Sketch of the medical history of the native army of Bombay, for the year
Year: 1872
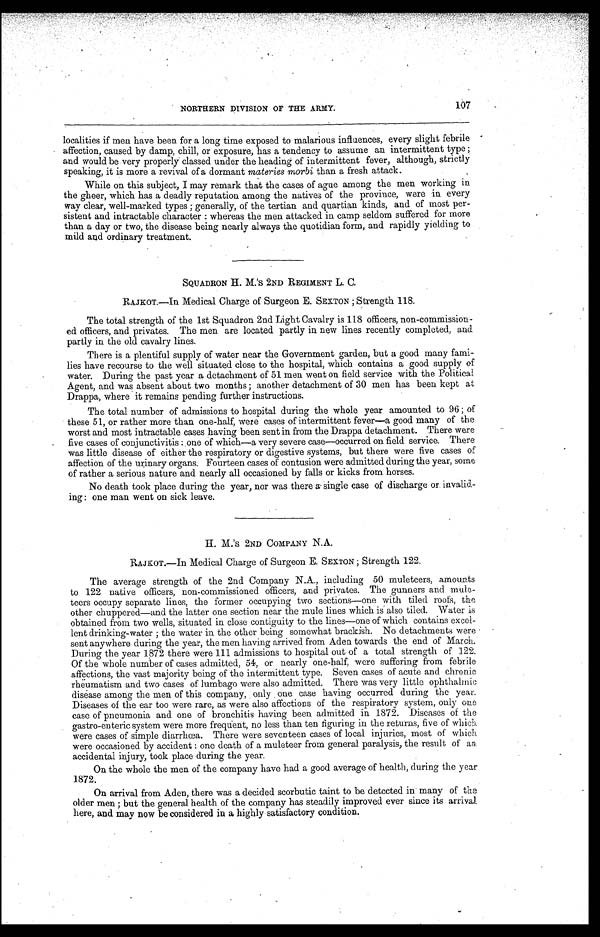
NORTHERN DIVISION OF THE ARMY.
107
localities if men have been for a long time exposed to malarious influences, every slight febrile
affection, caused by damp, chill, or exposure, has a tendency to assume an intermittent type ;
and would be. very properly classed under the heading of intermittent fever, although, strictly
speaking, it is more a revival of a dormant materies morbi than a fresh attack.
While on this subject, I may remark that the cases of ague among the men working in
the gheer, which has a deadly reputation among the natives of the province, were in every
way clear, well-marked types ; generally, of the tertian and quartian kinds, and of most per-
sistent and intractable character : whereas the men attacked in camp seldom suffered for more
than a day or two, the disease being nearly always the quotidian form, and rapidly yielding to
mild and ordinary treatment.
SQUADRON H. M. 'S 2ND REGIMENT L. C.
RAJKOT.—In Medical Charge of Surgeon E. SEXTON ; Strength 118.
The total strength of the 1st Squadron 2nd Light Cavalry is 118 officers, non-commission-
ed officers, and privates. The men are located partly in new lines recently completed, and
partly in the old cavalry lines.
There is a plentiful supply of water near the Government garden, but a good many fami-
lies have recourse to the well situated close to the hospital, which contains a good supply of
water. During the past year a detachment of 51 men went on field service with the Political
Agent, and was absent about two months ; another detachment of 30 men has been kept at
Drappa, where it remains pending further instructions.
The total number of admissions to hospital during the whole year amounted to 96 ; of
these 51, or rather more than one-half, were cases of intermittent fever—a good many of the
worst and most intractable cases having been sent in from the Drappa detachment. There were
five cases of conjunctivitis :one of which—a very severe case—occurred on field service. There
was little disease of either the respiratory or digestive systems, but there were five cases of
affection of the urinary organs. Fourteen cases of contusion were admitted during the year, some
of rather a serious nature and nearly all occasioned by falls or kicks from horses.
No death took place during the year, nor was there á single case of discharge or invalid.-
ing : one man went on sick leave.
H. M.'s 2ND COMPANY N.A.
R A J K O T . - I n M e d i c a l C h a r g e o f S u r g e o n E .S
E X T O N ;
S t r e n g t h 1 2 2 .
The average strength of the 2nd Company N.A., including 50 muleteers, amounts
to 122 native officers, non-commissioned officers, and privates. The gunners and mule--
teers occupy separate lines, the former occupying two sections—one with tiled roofs, the
other chuppere—and the latter one section near the mule lines which is' also tiled. Water is
obtained from two wells, situated in close contiguity to the lines—one of which contains excel-
lent drinking-water ; the water in the other being somewhat brackish. No detachments were
sent anywhere during the year, the men having arrived from Aden towards the end of March.
During the year 1872 there were 111 admissions to hospital out of a total strength of 122.
Of the whole number of cases admitted, 54, or nearly one-half, were suffering from febrile
affections, the vast majority being of the intermittent type. Seven cases of acute and chronic
rheumatism and two cases of lumbago were also admitted. There was very little ophthalmic
disease among the men of this company, only. one case having occurred during the year.
Diseases of the ear too were rare, as were also affections of the respiratory system, only one
case of pneumonia and one of bronchitis having been admitted in 1872. Diseases of the
gastro-enteric system were more frequent, no less than ten figuring in the returns, five of
were cases of simple diarrhoea. There were seventeen cases of local injuries, most of which
were occasioned by accident : one death of a muleteer from general paralysis, the result of an
accidental injury, took place during the year.
On the whole the men of the company have had a good average of health, during the year
1872.
On arrival from Aden, there was a decided scorbutic taint to be detected in many of the
older men ; but the general health of the company has steadily improved ever since its arrival
here, and may now be considered in a highly satisfactory condition.